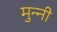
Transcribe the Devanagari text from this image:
मुन्‍नी